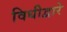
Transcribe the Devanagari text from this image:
विधीद्वारे